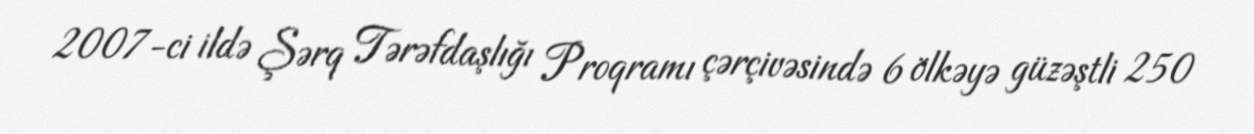
2007-ci ildə Şərq Tərəfdaşlığı Proqramı çərçivəsində 6 ölkəyə güzəştli 250